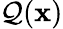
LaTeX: \mathcal{Q}(\mathbf{{x}})